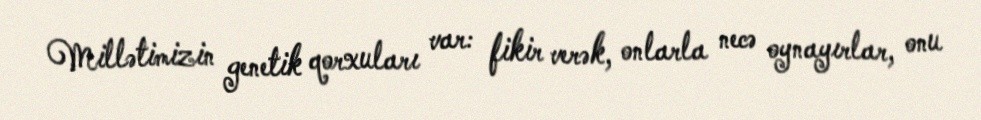
Millətimizin genetik qorxuları var: fikir verək, onlarla necə oynayırlar, onu